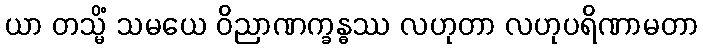
ယာ တသ္မိံ သမယေ ဝိညာဏက္ခန္ဓဿ လဟုတာ လဟုပရိဏာမတာ